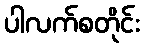
ပါလက်စတိုင်း